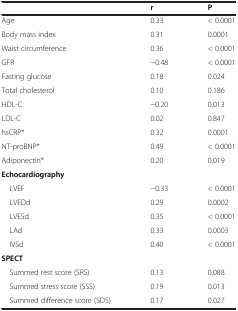
|  | r | P |
 | --- | --- | --- |
 | Age | 0.33 | < 0.0001 |
 | Body mass index | 0.31 | 0.0001 |
 | Waist circumference | 0.36 | < 0.0001 |
 | GFR | −0.48 | < 0.0001 |
 | Fasting glucose | 0.18 | 0.024 |
 | Total cholesterol | 0.10 | 0.186 |
 | HDL-C | −0.20 | 0.013 |
 | LDL-C | 0.02 | 0.847 |
 | hsCRP* | 0.32 | 0.0001 |
 | NT-proBNP* | 0.49 | < 0.0001 |
 | Adiponectin* | 0.20 | 0.019 |
 | Echocardiography |  |  |
 | LVEF | −0.33 | < 0.0001 |
 | LVEDd | 0.29 | 0.0002 |
 | LVESd | 0.35 | < 0.0001 |
 | LAd | 0.33 | 0.0003 |
 | IVSd | 0.40 | < 0.0001 |
 | SPECT |  |  |
 | Summed rest score (SRS) | 0.13 | 0.088 |
 | Summed stress score (SSS) | 0.19 | 0.013 |
 | Summed difference score (SDS) | 0.17 | 0.027 |